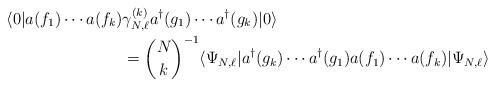
\begin{align*}\langle 0| a(f_{1}) \cdots a(f_k) & \gamma_{N,\ell}^{(k)} a^\dagger(g_1) \cdots a^\dagger(g_k) |0 \rangle \\&= { N\choose k} ^{-1}\langle \Psi_{N,\ell} | a^\dagger(g_k) \cdots a^\dagger(g_1) a(f_1)\cdots a(f_k) | \Psi_{N,\ell} \rangle\end{align*}